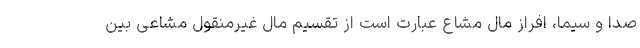
صدا و سیما، افراز مال مشاع عبارت است از تقسیم مال غیرمنقول مشاعی بین